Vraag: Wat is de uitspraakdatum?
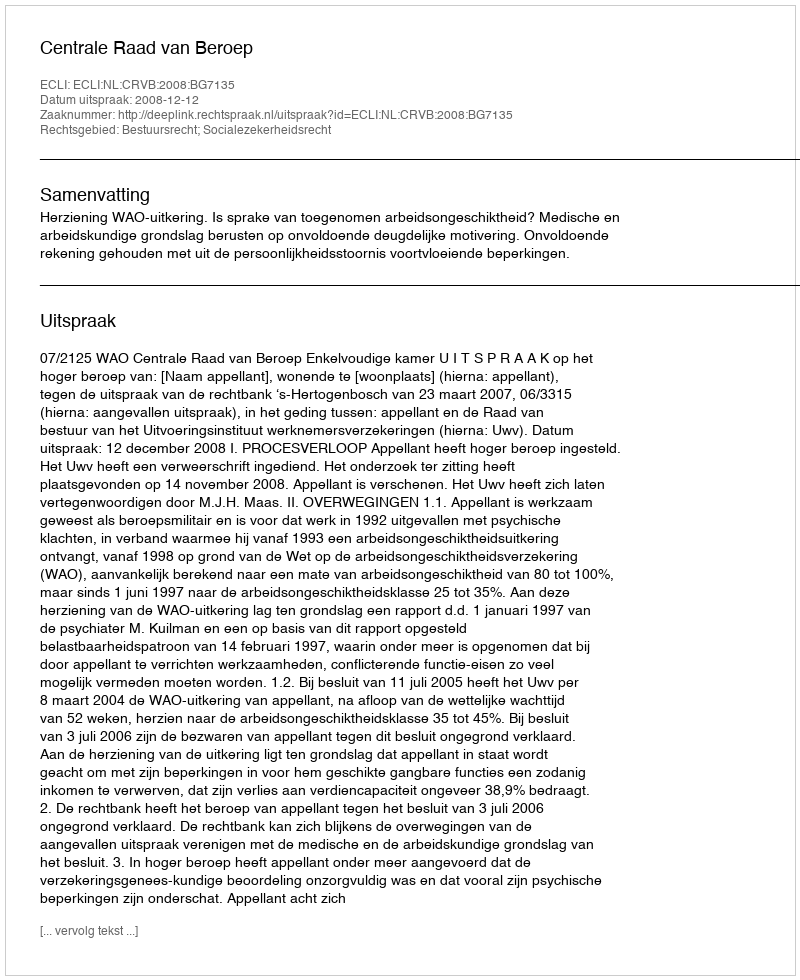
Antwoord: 2008-12-12